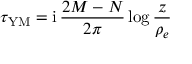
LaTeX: \tau _ { \mathrm { Y M } } = \mathrm { i } \, \frac { 2 M - N } { 2 \pi } \log \frac { z } { \rho _ { e } }